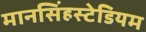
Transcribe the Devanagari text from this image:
मानसिंहस्टेडियम